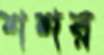
শশর